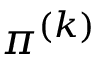
\pi ^ { ( k ) }